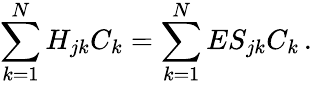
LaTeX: \sum_{k=1}^{N}H_{jk}C_{k}=\sum_{k=1}^{N}ES_{jk}C_{k}\, .